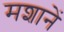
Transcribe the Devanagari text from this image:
मशानें